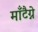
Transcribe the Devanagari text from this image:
माँटैग्ने